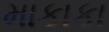
માકાકા